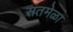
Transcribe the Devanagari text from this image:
संतमेळा